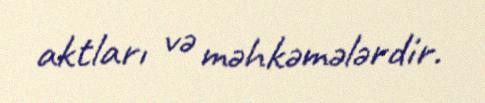
aktları və məhkəmələrdir.